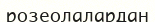
розеолалардан